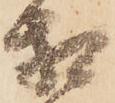
相